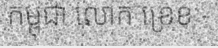
កម្ពុជា លោក ខ្រេខ -